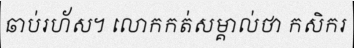
ឆាប់រហ័ស។ លោកកត់សម្គាល់ថា កសិករ